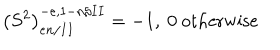
LaTeX: \left( S ^ { 2 } \right) _ { e n / I I } ^ { - e , 1 - n / I I } = - 1 , \ 0 \mathrm { ~ o t h e r w i s e }